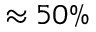
\approx 5 0 \%